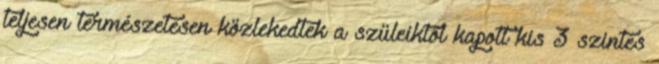
teljesen természetesen közlekedtek a szüleiktől kapott kis 3 szintes